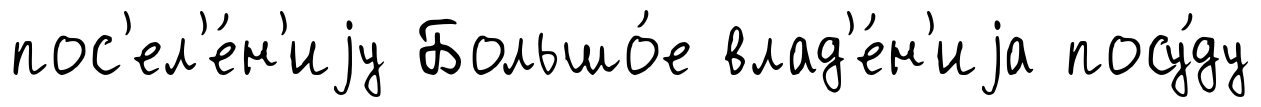
пос'ел'е́н'иjу Большо́е влад'е́н'иjа посу́ду